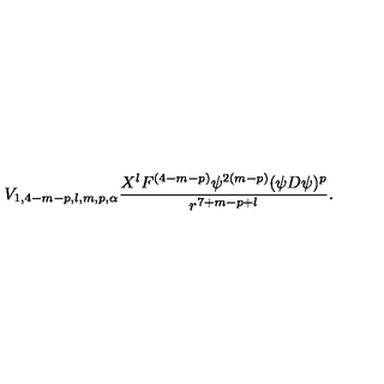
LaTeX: V _ { 1 , 4 - m - p , l , m , p , \alpha } \frac { X ^ { l } F ^ { ( 4 - m - p ) } \psi ^ { 2 ( m - p ) } ( \psi D \psi ) ^ { p } } { r ^ { 7 + m - p + l } } .